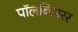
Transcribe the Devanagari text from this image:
पॉलबिअरर